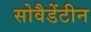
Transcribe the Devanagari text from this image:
सोवैडेंटीन